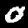
Digit: 0